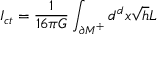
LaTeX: I _ { c t } = \frac { 1 } { 1 6 \pi G } \int _ { { \cal \partial M } ^ { + } } d ^ { d } x \sqrt { h } { \cal L }